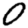
Digit: 0